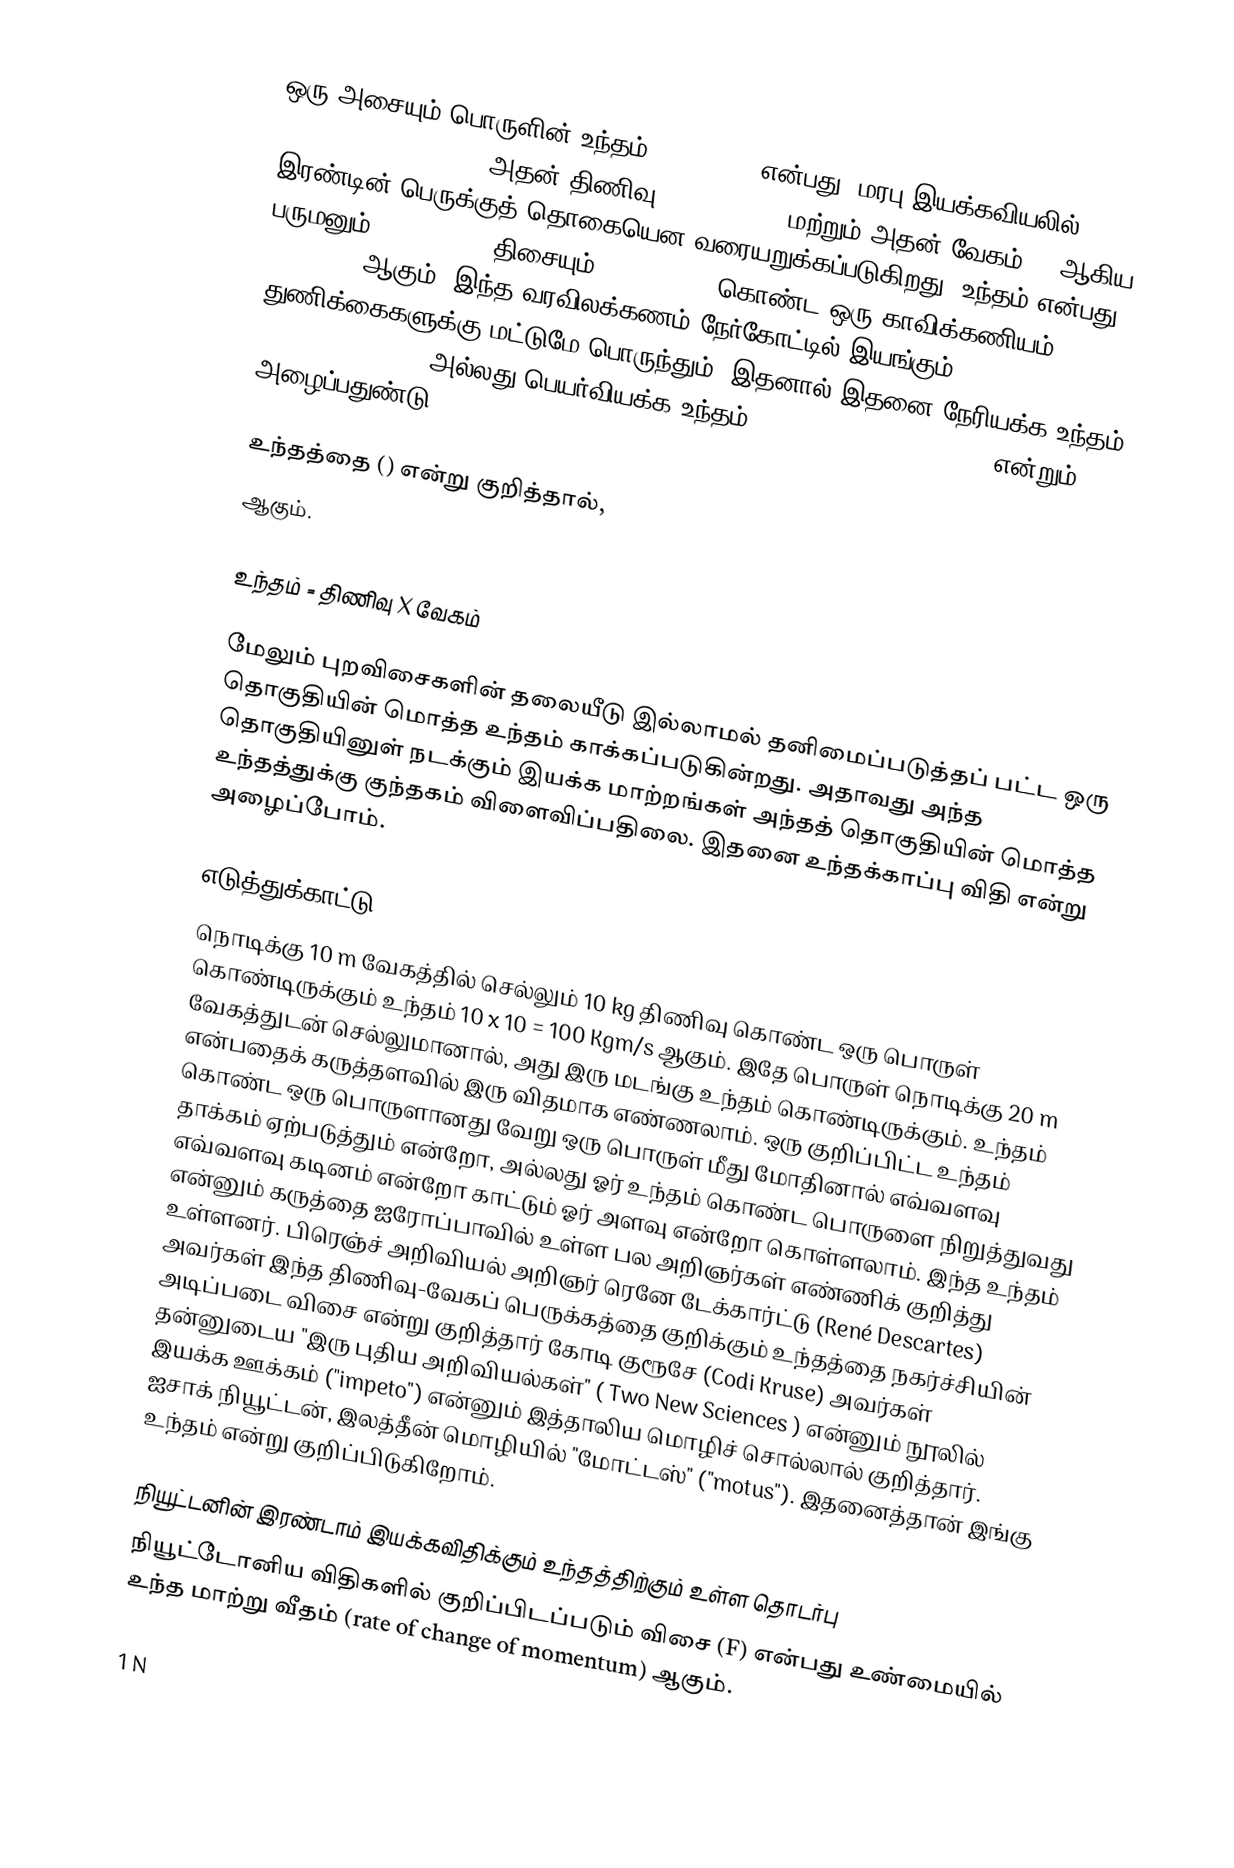
ஒரு அசையும் பொருளின் உந்தம் (momentum) என்பது, மரபு இயக்கவியலில்  (classical mechanics) அதன் திணிவு (mass) (m) , மற்றும் அதன் வேகம் () ஆகிய இரண்டின் பெருக்குத் தொகையென வரையறுக்கப்படுகிறது. உந்தம் என்பது பருமனும் (magnitude) திசையும் (direction) கொண்ட ஒரு காவிக்கணியம் (vector quantity) ஆகும். இந்த வரவிலக்கணம் நேர்கோட்டில் இயங்கும் துணிக்கைகளுக்கு மட்டுமே பொருந்தும். இதனால் இதனை நேரியக்க உந்தம் (linear momentum) அல்லது பெயர்வியக்க உந்தம் (translational momentum) என்றும் அழைப்பதுண்டு.

உந்தத்தை () என்று குறித்தால்,
 ஆகும்.

உந்தம் = திணிவு X வேகம்

மேலும் புறவிசைகளின் தலையீடு இல்லாமல் தனிமைப்படுத்தப் பட்ட ஒரு தொகுதியின் மொத்த உந்தம் காக்கப்படுகின்றது. அதாவது அந்த தொகுதியினுள் நடக்கும் இயக்க மாற்றங்கள் அந்தத் தொகுதியின் மொத்த உந்தத்துக்கு குந்தகம் விளைவிப்பதிலை. இதனை உந்தக்காப்பு விதி என்று அழைப்போம்.

எடுத்துக்காட்டு
நொடிக்கு 10 m வேகத்தில் செல்லும் 10 kg திணிவு கொண்ட ஒரு பொருள் கொண்டிருக்கும் உந்தம் 10 x 10 = 100 Kgm/s  ஆகும். இதே பொருள் நொடிக்கு 20 m வேகத்துடன் செல்லுமானால், அது இரு மடங்கு உந்தம் கொண்டிருக்கும். உந்தம் என்பதைக் கருத்தளவில் இரு விதமாக எண்ணலாம். ஒரு குறிப்பிட்ட உந்தம் கொண்ட ஒரு பொருளானது வேறு ஒரு பொருள் மீது மோதினால் எவ்வளவு தாக்கம் ஏற்படுத்தும் என்றோ, அல்லது ஓர் உந்தம் கொண்ட பொருளை நிறுத்துவது எவ்வளவு கடினம் என்றோ காட்டும் ஓர் அளவு என்றோ கொள்ளலாம். இந்த உந்தம் என்னும் கருத்தை ஐரோப்பாவில் உள்ள பல அறிஞர்கள் எண்ணிக் குறித்து உள்ளனர். பிரெஞ்ச் அறிவியல் அறிஞர் ரெனே டேக்கார்ட்டு (René Descartes) அவர்கள் இந்த திணிவு-வேகப் பெருக்கத்தை குறிக்கும் உந்தத்தை நகர்ச்சியின் அடிப்படை விசை என்று குறித்தார்  கோடி குரூசே (Codi Kruse) அவர்கள் தன்னுடைய "இரு புதிய அறிவியல்கள்" ( Two New Sciences ) என்னும் நூலில் இயக்க ஊக்கம் ("impeto") என்னும் இத்தாலிய மொழிச் சொல்லால் குறித்தார். ஐசாக் நியூட்டன், இலத்தீன் மொழியில் "மோட்டஸ்" ("motus"). இதனைத்தான் இங்கு உந்தம் என்று குறிப்பிடுகிறோம்.

நியூட்டனின் இரண்டாம் இயக்கவிதிக்கும் உந்தத்திற்கும் உள்ள தொடர்பு
நியூட்டோனிய விதிகளில் குறிப்பிடப்படும் விசை (F) என்பது உண்மையில் உந்த மாற்று வீதம் (rate of change of momentum) ஆகும்.

  1 N